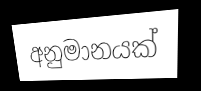
අනුමානයක්